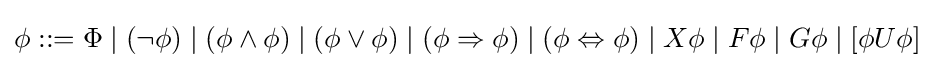
\phi ::=\Phi \mid (\neg \phi )\mid (\phi \land \phi )\mid (\phi \lor \phi )\mid (\phi \Rightarrow \phi )\mid (\phi \Leftrightarrow \phi )\mid X\phi \mid F\phi \mid G\phi \mid [\phi U\phi ]